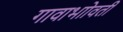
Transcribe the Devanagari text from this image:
गावाभाोवती